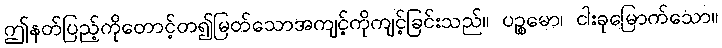
ဤနတ်ပြည့်ကိုတောင့်တ၍မြတ်သောအကျင့်ကိုကျင့်ခြင်းသည်။ ပဉ္စမော၊ ငါးခုမြောက်သော။